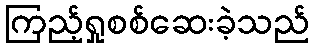
ကြည့်ရှုစစ်ဆေးခဲ့သည်